Report on horse surra - Volume II, Part I
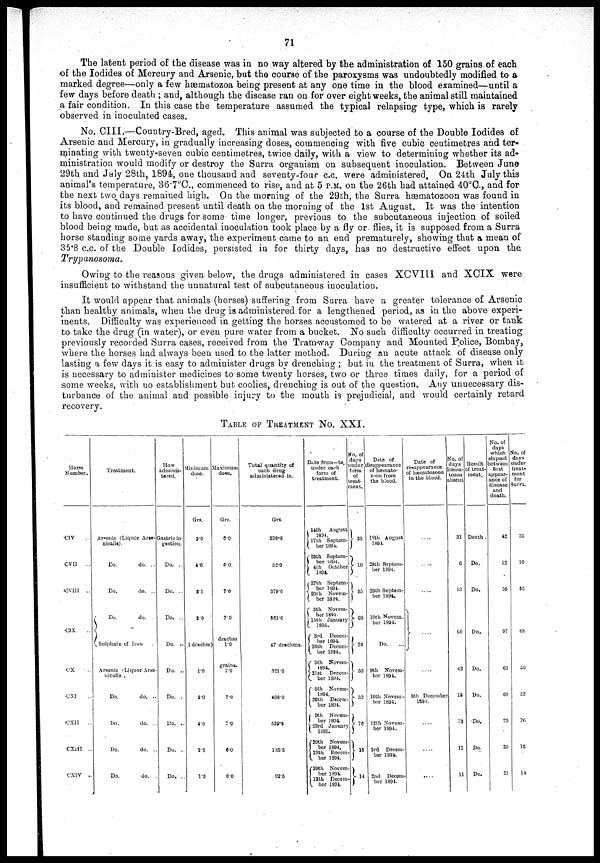
71
The latent period of the disease was in no way altered by the administration of 150 grains of each
of the Iodides of Mercury and Arsenic, but the course of the paroxysms was undoubtedly modified to a
marked degree—only a few hæmatozoa being present at any one time in the blood examined—until a
few days before death ; and, although the disease ran on for over eight weeks, the animal still maintained
a fair condition. In this case the temperature assumed the typical relapsing type, which is rarely
observed in inoculated cases.
No. CIII.—Country-Bred, aged. This animal was subjected to a course of the Double Iodides of
Arsenic and Mercury, in gradually increasing doses, commencing with five cubic centimetres and ter-
minating with twenty-seven cubic centimetres, twice daily, with a view to determining whether its ad-
ministration would modify or destroy the Surra organism on subsequent inoculation. Between June
29th and July 28th, 1894, one thousand and seventy-four c.c. were administered. On 24th July this
animal's temperature, 36.7°C., commenced to rise, and at 5 P.M. on the 26th had attained 40°C., and for
the next two days remained high. On the morning of the 29th, the Surra hæmatozoon was found in
its blood, and remained present until death on the morning of the 1st August. It was the intention
to have continued the drugs for some time longer, previous to the subcutaneous injection of soiled
blood being made, but as accidental inoculation took place by a fly or flies, it is supposed from a Surra
horse standing some yards away, the experiment came to an end prematurely, showing that a mean of
35.8 c.c. of the Double Iodides, persisted in for thirty days, has no destructive effect upon the
Trypanosoma.
Owing to the reasons given below, the drugs administered in cases XCVIII and XCIX were
insufficient to withstand the unnatural test of subcutaneous inoculation.
It would appear that animals (horses) suffering from Surra have a greater tolerance of Arsenic
than healthy animals, when the drug is administered for a lengthened period, as in the above experi-
ments. Difficulty was experienced in getting the horses accustomed to be watered at a river or tank
to take the drug (in water), or even pure water from a bucket. No such difficulty occurred in treating
previously recorded Surra cases, received from the Tramway Company and Mounted Police, Bombay,
where the horses had always been used to the latter method. During an acute attack of disease only
lasting a few days it is easy to administer drugs by drenching ; but in the treatment of Surra, when it
is necessary to administer medicines to some twenty horses, two or three times daily, for a period of
some weeks, with no establishment but coolies, drenching is out of the question. Any unnecessary dis-
turbance of the animal and possible injury to the mouth is prejudicial, and would certainly retard
recovery.
TABLE OF TREATMENT No XXI.
Horse
Number.
CIV
CVII
CVIII
..
CIX
CX
CXI
CXII
..
CXIII .
CXIV .
Treatment.
Arsenic (Liquor Arse-
nicalis).
Do.
do. ..
Do.
do. ..
{
Do.
do.
Sulphate of Iron
Arsenic Liquor Arse-
nicalis.
Do.
do.
..
Do.
do.
.
Do.
do. .
Do.
do.
How
adminis-
tered.
Gastric in-
gestion.
Do. ..
Do. ..
Do. ..
Do. ..
Do. ..
Do. ..
Do. ..
Do. ..
Do. ..
Minimum
dose.
Grs.
2.0
4.0
2.5
2.0
1 drachm)
1.0
2.0
4.0
2.5
1.5
Maximum
dose.
Grs.
6.0
6.0
7.0
7.0
drachm
1.0
grains.
7.0
7.0
7.0
6.0
6.0
Total quantity of
each drug
administered in.
Grs.
236.0
52.0
378.0
561.0
47 drachms.
321.0
408.0
539.5
135.5
92.5
Date from—to
under each
form of
treatment.
{14th
August
1894.
17th Septem-
ber 1894.
{25th Septem-
ber 1894.
4th
October
1894.
27th Septem-
{ ber 1894.
20th Novem-
ber 1894.
{5th
Novem-
ber 1894.
15th
January
1895.
{ 3rd Decem-
ber 1894.
26th
Decem-
ber 1894.
{ 5th Novem-
1894.
21st
Decem-
ber 1894.
5th Novem-
1894.
26th
Decem-
ber 1894.
{ 9th Novem-
ber 1894.
23rd January
1895.
{29th
Novem-
ber 1894.
13th Decem-
ber 1894.
{29th Novem-
ber 1894.
12th Decem-
ber 1894.
No. of
days
under
form
of
treat-
ment.
} 35
}10
} 55
} 68
} 24
} 50
}52
}76
}15
}14
Date of
disappearance
of hæmato-
zoon from
the blood.
18th August
1894.
29th Septem-
ber 1894.
29th Septem-
ber 1894.
10th Novem-
ber 1894.
Do.
9th
Novem-
ber 1894.
10th Novem-
ber 1894.
12th Novem-
ber 1894.
3rd Decem-
ber 1894.
2nd Decem
ber 1894.
Date of
re-appearance
of hæmatozoon
in the blood.
}
8th December
1894.
....
....
....
No. of
days
hæma-
tozoa
absent
31
6
53
66
43
18
73
11
11
Result
of treat-
ment.
Death .
Do.
Do.
Do.
Do.
Do.
Do.
Do.
Do.
No. of
days
which
elapsed
between
first
appear-
ance of
disease
and
death.
42
12
59
97
63
69
79
35
21
No. of
days
under
treat-
ment
for
Surra.
35
10
55
68
50
52
76
15
14